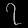
Digit: ၇